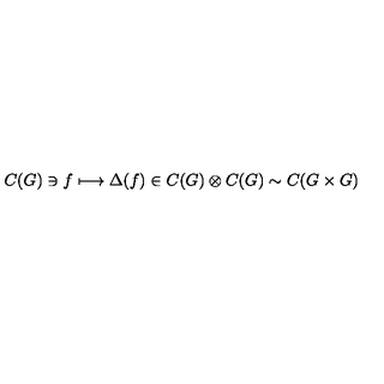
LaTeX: C ( G ) \ni f \longmapsto \Delta ( f ) \in C ( G ) \otimes C ( G ) \sim C ( G \times G )